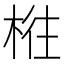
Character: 𰗴